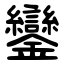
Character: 鑾